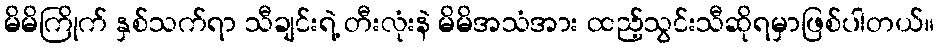
မိမိကြိုက် နှစ်သက်ရာ သီချင်းရဲ့ တီးလုံးနဲ မိမိအသံအား ထည့်သွင်းသီဆိုရမှာဖြစ်ပါတယ်။